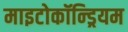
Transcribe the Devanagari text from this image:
माइटोकॉन्ड्रियम